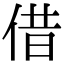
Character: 借